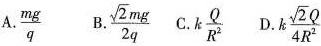
A. \frac{mg}{q} B. \frac{ \sqrt{2}mg}{2q} C. k \frac{Q}{R^{2}} D. k \frac{ \sqrt{2}Q}{4R^{2}}